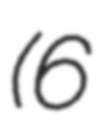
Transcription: (6